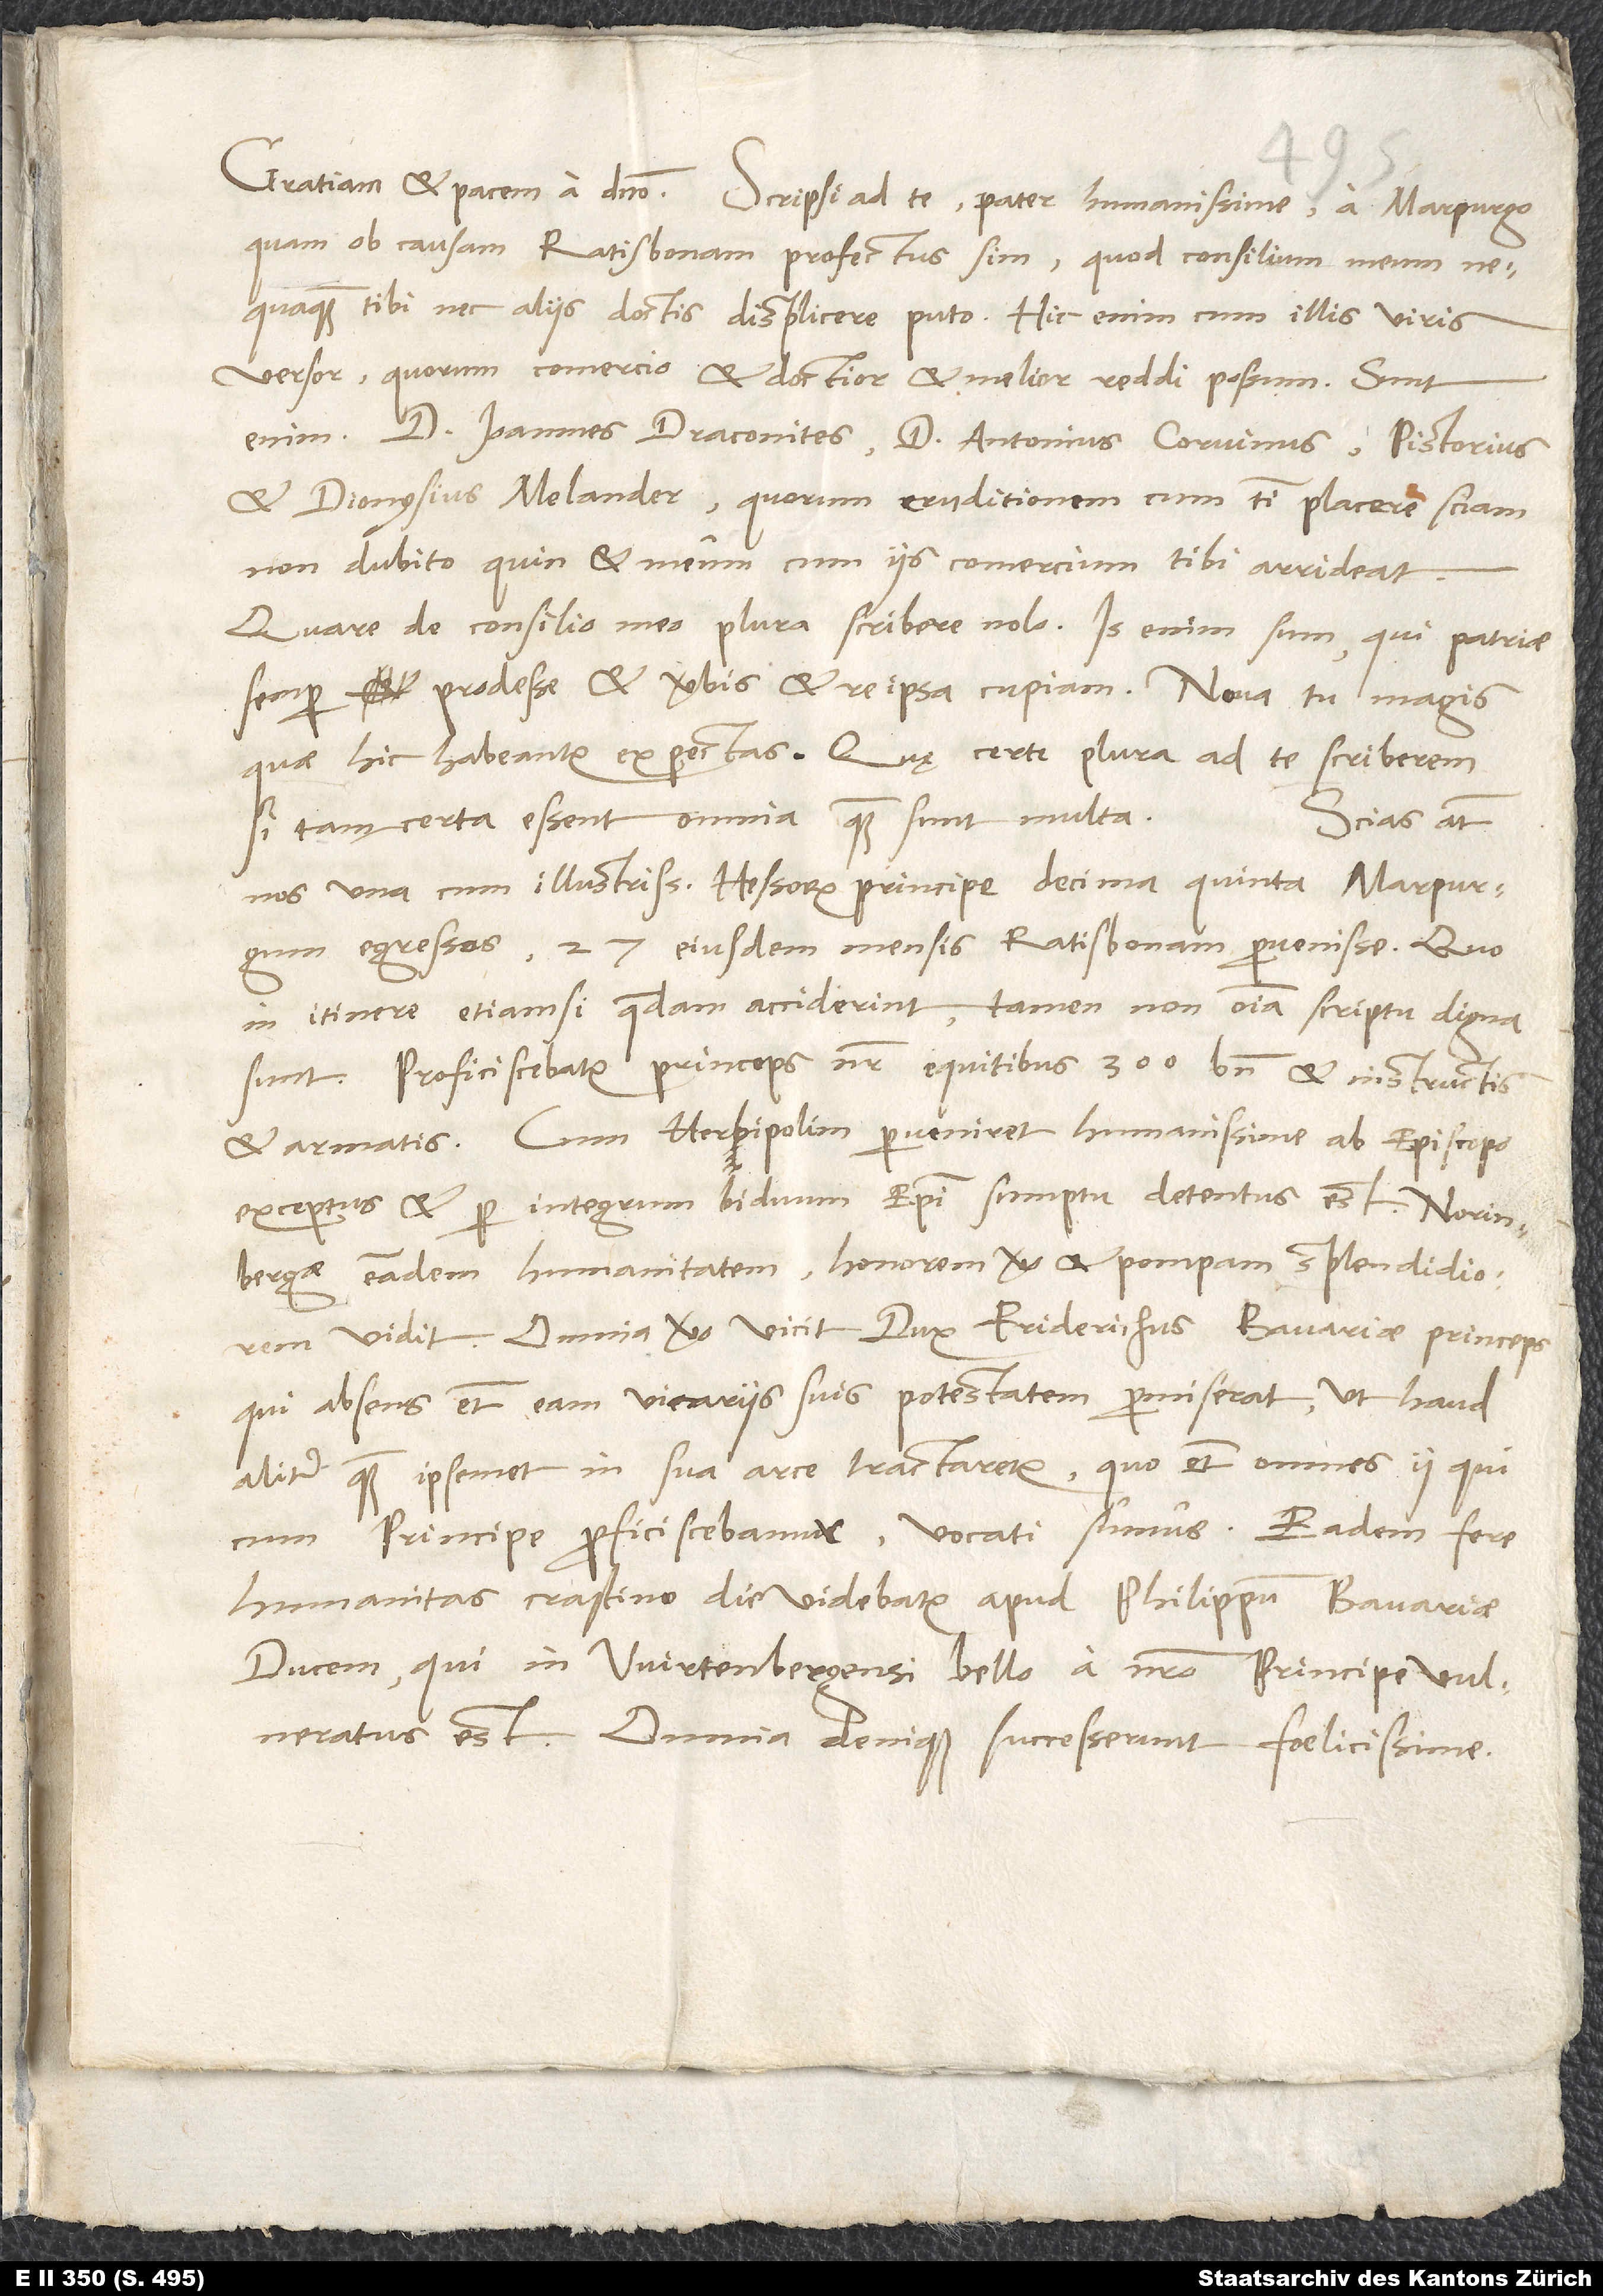
quam ob causam Ratisbonam profectus sim, quod consilium meum
nequaquam tibi nec aliis doctis displicere puto. Hic enim cum illis viris
versor, quorum comercio et doctior et melior reddi possum. Sunt
enim d. Ioannes Draconites, d. Antonius Corvinus, Pistorius
et Dionysius Melander, quorum eruditionem cum tibi placere sciam,
non dubito, quin et meum cum iis comercium tibi arrideat.
Quare de consilio meo plane scribere nolo. Is enim sum, qui patriae
semper prodesse et verbis et re ipsa cupiam. Nova tu magis,
quae hic habeantur, expectas. Quę certe plura ad te scriberem,
si tam certa essent omnia, quam sunt multa.
Scias autem
nos una cum illustrissimo Hessorum principe decima quinta Marpurgum
egressos 27. eiusdem mensis Ratisbonam pervenisse. Quo
in itinere etiamsi quaedam acciderint, tamen non omnia scriptu digna
sunt. Proficiscebatur princeps noster equitibus 300 bene et instructis
exceptus et per integrum biduum episcopi sumptu detentus est. Norinbergae
eandem humanitatem, honorem vero et pompam splendidiorem
vidit. Omnia vero vicit dux Friderichus, Bavariae princeps,
qui absens etiam eam vicariis suis potestatem permiserat, ut haud
aliter quam ipsemet in sua arce tractaretur, quo etiam omnes ii, qui
cum principe proficiscebamur, vocati sumus. Eadem fere
humanitas crastino die videbatur apud Philippum, Bavariae
ducem, qui in Wirtenbergensi bello a nostro principe vulneratus
est. Omnia denique successerunt foelicissime.